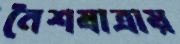
নৈশযাত্রায়